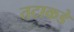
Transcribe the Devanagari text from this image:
तटाकडे